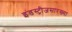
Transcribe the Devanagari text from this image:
इंडस्ट्रीजसारख्या